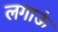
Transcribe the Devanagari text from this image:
लगाऊं